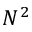
N ^ { 2 }